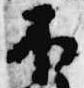
不